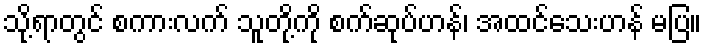
သို့ရာတွင် စကားလက် သူတို့ကို စက်ဆုပ်ဟန်၊ အထင်သေးဟန် မပြ။